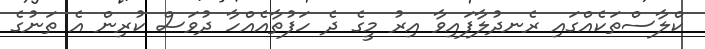
ކްލާސްތަކެއްގައި ރެނދުލާފައިވާ އިރު މީގެ ދެ ހަފުތާއެއްހާ ދުވަސް ކުރިން އެ ތަނުގެ